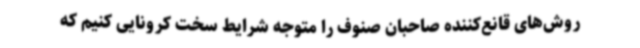
روش‌های قانع‌کننده صاحبان صنوف را متوجه شرایط سخت کرونایی کنیم که